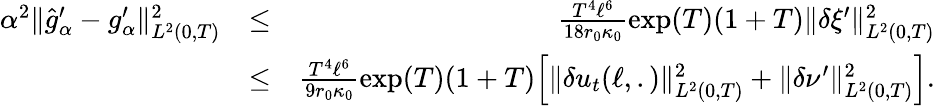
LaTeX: \begin{array}{rlr}{\alpha^{2}\Vert\widehat{g}_{\alpha}^{\prime}-g_{\alpha}^{\prime}\Vert_{L^{2}(0,T)}^{2}}&{\leq}&{\frac{T^{4}\ell^{6}}{18r_{0}\kappa_{0}}\exp(T)(1+T)\Vert\delta\xi^{\prime}\Vert_{L^{2}(0,T)}^{2}}\\ &{\leq}&{\frac{T^{4}\ell^{6}}{9r_{0}\kappa_{0}}\exp(T)(1+T)\Big[\Vert\delta u_{t}(\ell,.)\Vert_{L^{2}(0,T)}^{2}+\Vert\delta\nu^{\prime}\Vert_{L^{2}(0,T)}^{2}\Big].}\end{array}